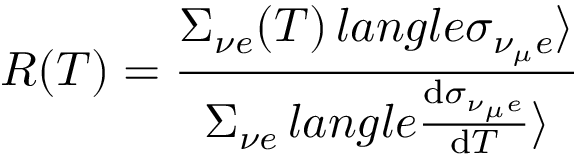
R ( T ) = \frac { \Sigma _ { { \nu } e } ( T ) \, l a n g l e \sigma _ { { \nu _ { \mu } } e } \rangle } { \Sigma _ { { \nu } e } \, l a n g l e \frac { \mathrm { d } \sigma _ { { \nu _ { \mu } } e } } { \mathrm { d } T } \rangle }